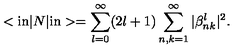
< { \mathrm { i n } } | N | { \mathrm { i n } } > = \sum _ { l = 0 } ^ { \infty } ( 2 l + 1 ) \sum _ { n , k = 1 } ^ { \infty } | \beta _ { n k } ^ { l } | ^ { 2 } .